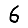
Digit: 6